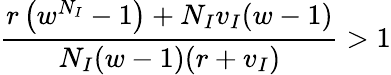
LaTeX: \frac{r\left(w^{N_{I}}-1\right)+N_{I}v_{I}(w-1)}{N_{I}(w-1)(r+v_{I})}>1